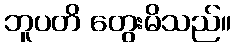
ဘူပတိ တွေးမိသည်။